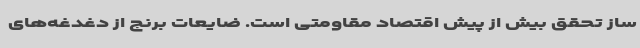
ساز تحقق بیش از پیش اقتصاد مقاومتی است. ضایعات برنج از دغدغه‌های